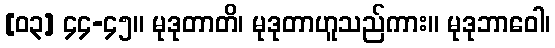
[၀၃] ၄၄-၄၅။ မုဒုတာတိ၊ မုဒုတာဟူသည်ကား။ မုဒုဘာဝေါ၊